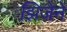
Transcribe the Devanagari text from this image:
झिजेने